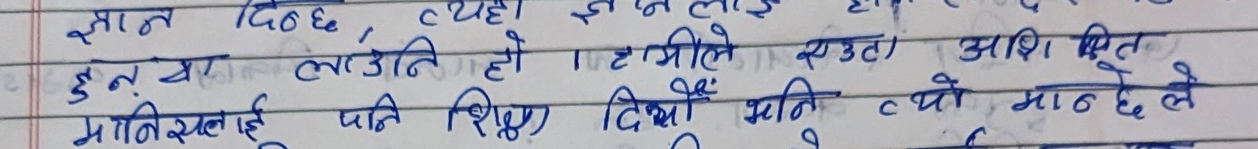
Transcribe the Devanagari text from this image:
ज्ञान दिन्छ, त्यही ज्ञनलाई हो ।
हुन् या लाउनि हो । हामीले एउटा अशिक्षित
मानिसलाई पनि शिक्षण दियौं भनि त्यो मान्छेले